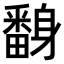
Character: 𨊃